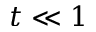
t \ll 1